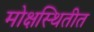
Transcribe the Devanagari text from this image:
मोक्षस्थितीत